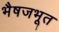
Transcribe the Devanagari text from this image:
भैषजभूत